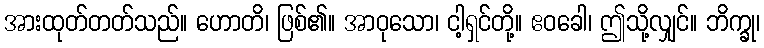
အားထုတ်တတ်သည်။ ဟောတိ၊ ဖြစ်၏။ အာဝုသော၊ ငါ့ရှင်တို့။ ဧဝခေါ၊ ဤသို့လျှင်။ ဘိက္ခု၊